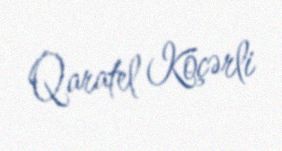
Qaratel Köçərli